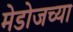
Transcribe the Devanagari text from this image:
मेडोजच्या